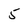
Character: 5